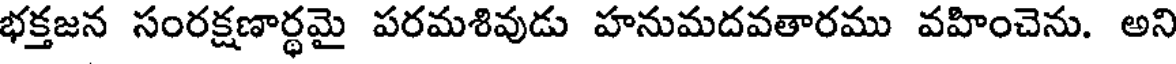
భక్తజన సంరక్షణార్ధమై పరమశివుడు హనుమదవతారము వహించెను. అని